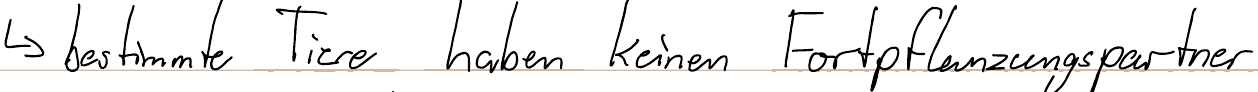
-> bestimmte Tiere haben keinen Fortplfanzungspartner